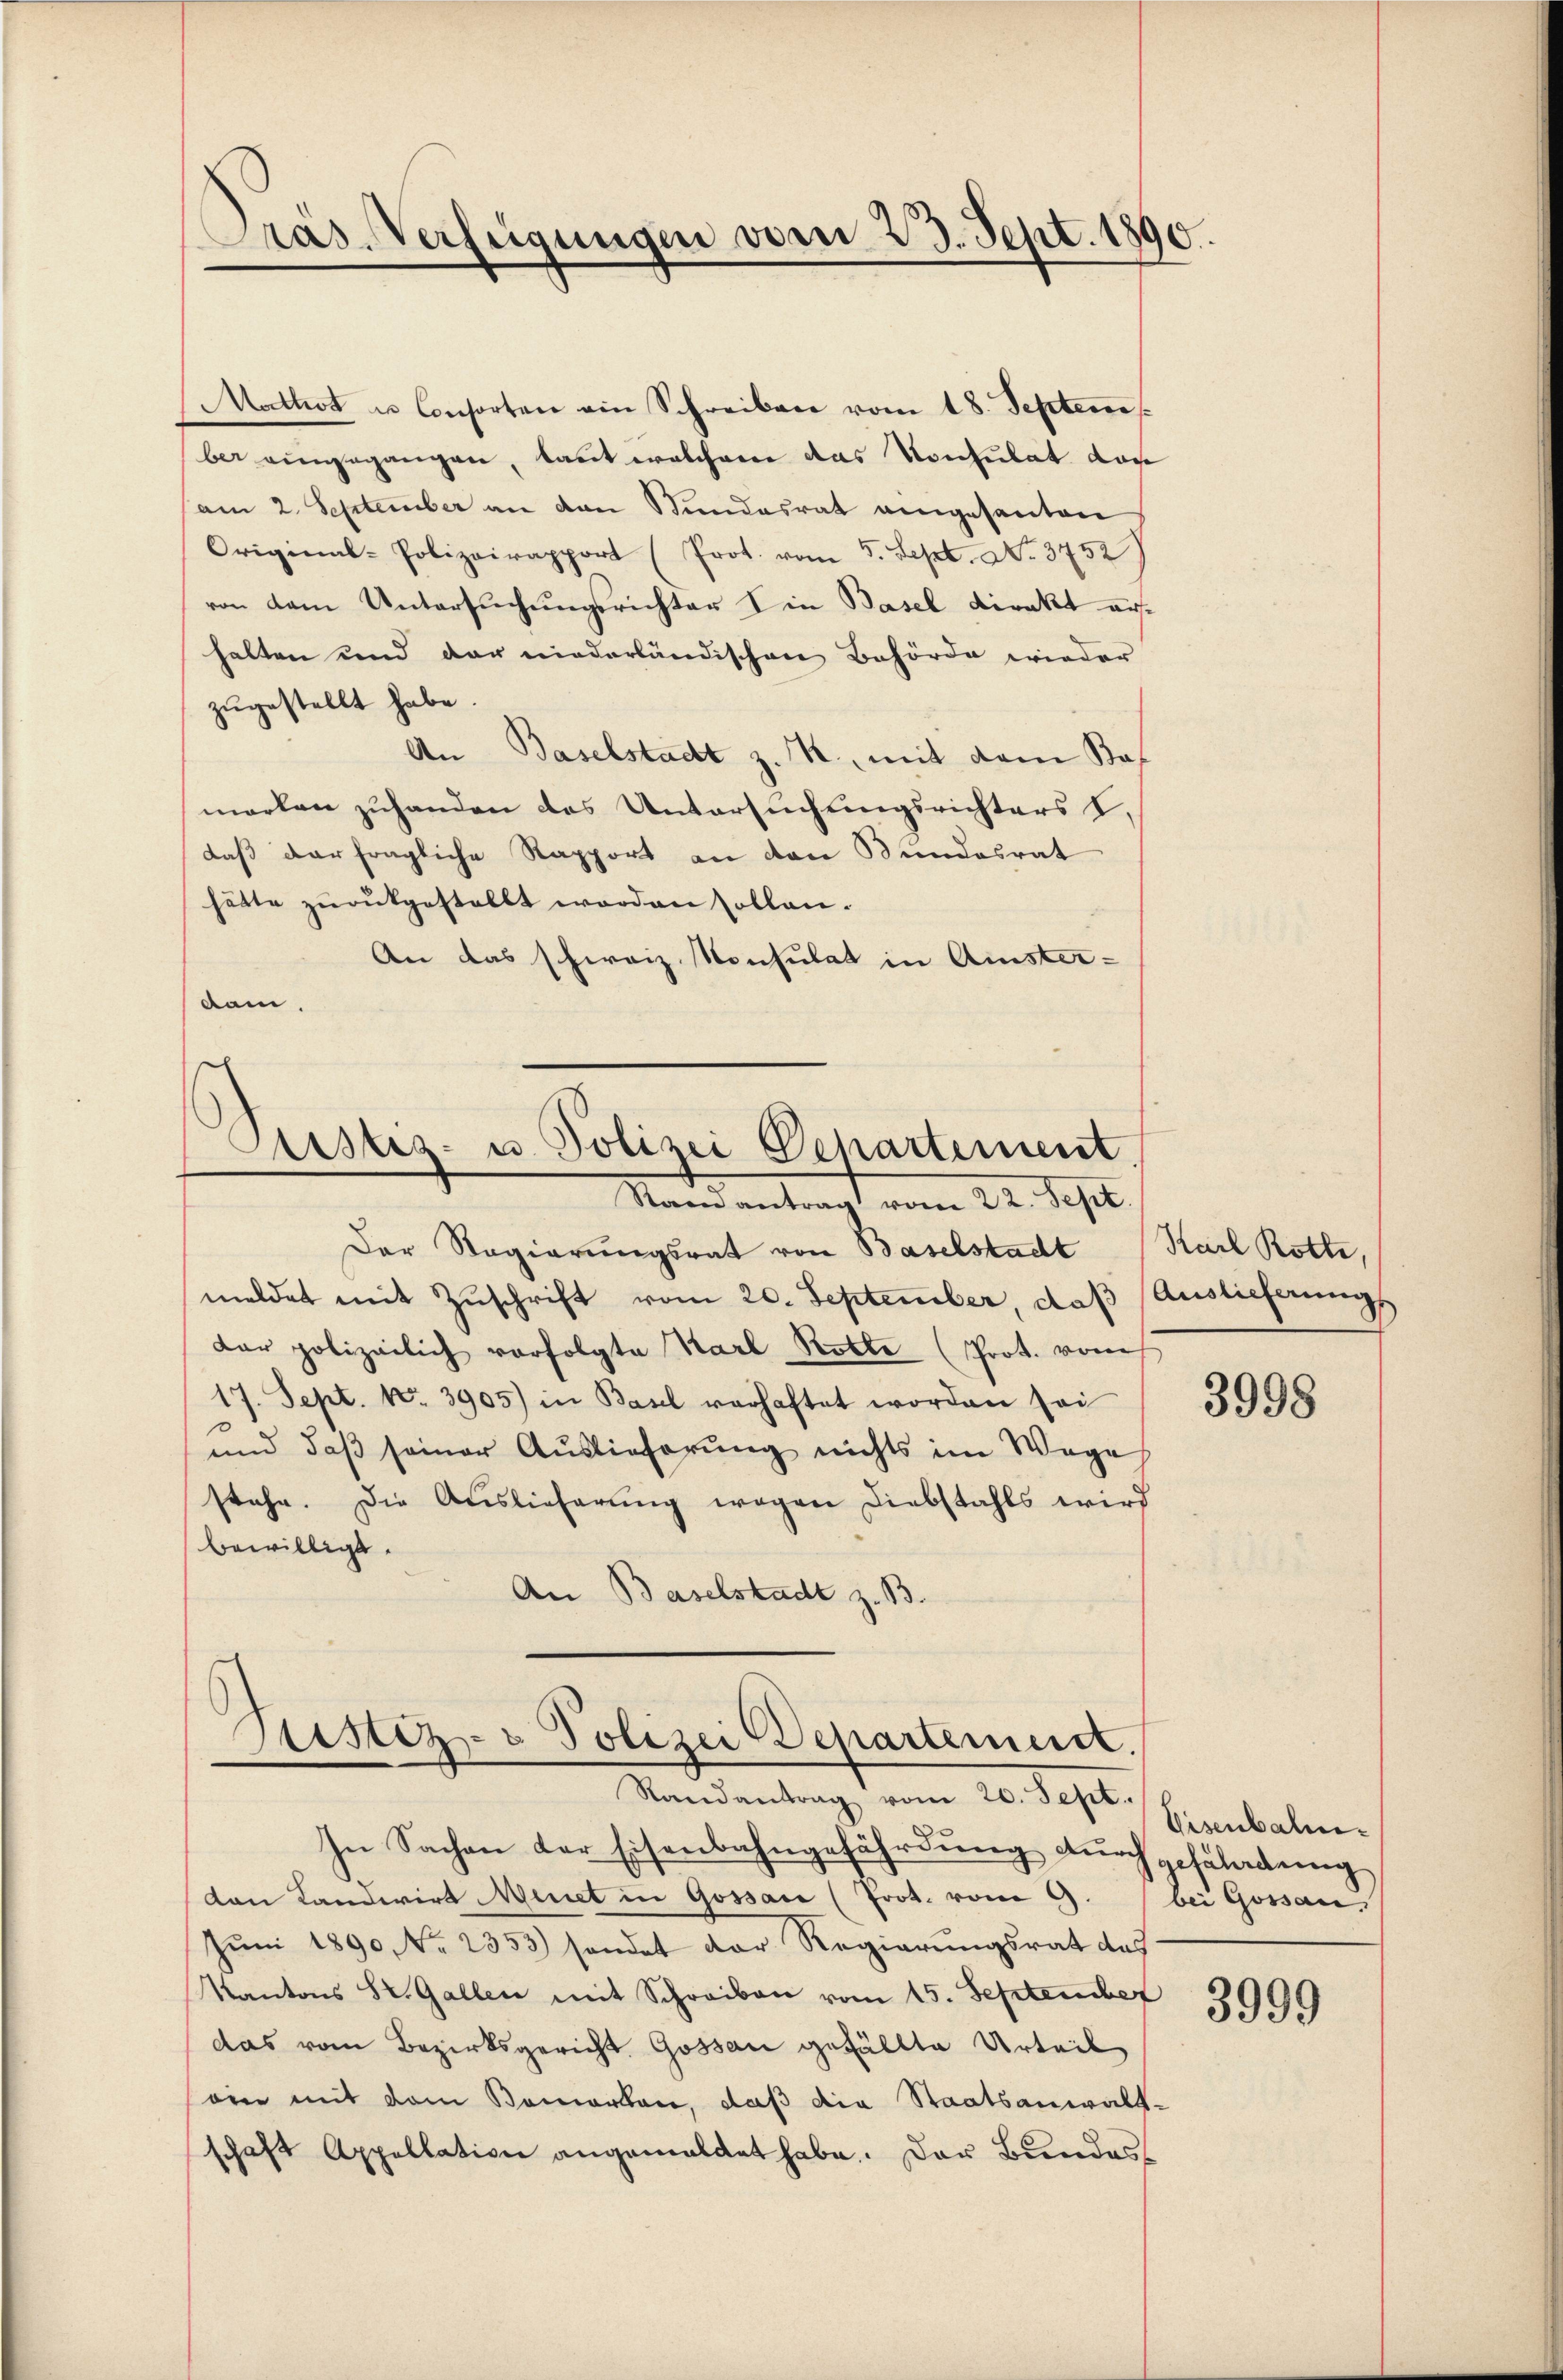
Präs. Verfügungen vom 23. Sept. 1890.

Mothot u. Consorten ein Schreiben vom 18. Septem
ber eingegangen, laut welchem das Konsulat doch
am 2. September an den Stundesrat eingesanten
Original-Polizeirapport (Prot. vom 5. Sept. No. 3752)
von dem Untersuchungsrichter in Basel direkt aushalten und der niederländischen Behörde wieder
zugestellt habe.
An Baselstadt z. R., mit dem Sof
merken zuhanden das Untersuchungsrichters I,
daß der fragliche Rapport an den Bundesrat
hätte zurükgestellt worden sollen.
An das schweiz. Konsulat in Amster-
dam.

Cristis- u. Polizei Departement
Stand antragt vom 22. Sept.

Der Regierungsrat von Baselstadt (Karl Rotte,
meldet mit Zuschrift vom 20. September, daß Auslieferungs
der polizeilich vorfolgte Karl Rotte (Prot. vom
17. Sept. 1. 3905) in Basel verhaftet worden sei
und daß seiner Auslieferung nichts im Wege
stehe. Die Auslieferung wegen Diebstahls wird
bewilligt.
An Baselstadt z. B.

Justiz- u Polizei Departemend.
Randantrag vom 20. Sept.

In Sachen der Eisenbahngefährdung durchgefüladung
den Landwirt Meiet in Gossare (Prot. vom 9. bei Gossau.
Jŭni 1890 No 2353) sendet der Regierungsrat des
Kantons St. Gallen mit Schreiben vom 15. September
das vom Bezirksgericht Gossau gefällte Urteil
ein mit dem Bemerken, daß die Staatsanwalt-
schaft Appellation angemeldet habe. Der Bundes¬

3998

Eisenbahn¬

3999